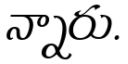
న్నారు.